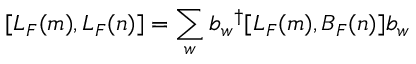
[ L _ { F } ( m ) , L _ { F } ( n ) ] = \sum _ { w } b _ { w } { } ^ { \dag } [ L _ { F } ( m ) , B _ { F } ( n ) ] b _ { w }